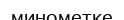
минометке